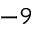
^ { - 9 }